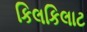
કિલકિલાટ